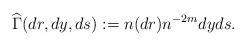
LaTeX: \begin{align*} \widehat{\Gamma}(dr,dy,ds):= n(dr) n^{-2m} dy ds. \end{align*}